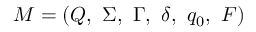
M = ( Q , \ \Sigma , \ \Gamma , \ \delta , \ q _ { 0 } , \ F )